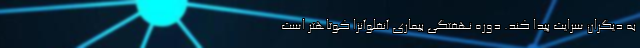
به دیگران سرایت پیدا کند. دوره نهفتگی بیماری آنفلوآنزا کوتاهتر است